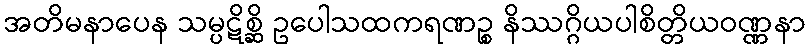
အတိမနာပေန သမ္ပဋိစ္ဆိ ဥပေါသထကရဏဉ္စ နိဿဂ္ဂိယပါစိတ္တိယဝဏ္ဏနာ